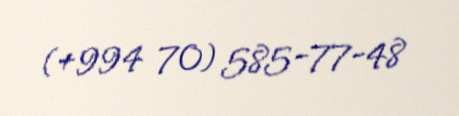
(+994 70) 585-77-48